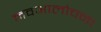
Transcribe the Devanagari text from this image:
नवआलोचना